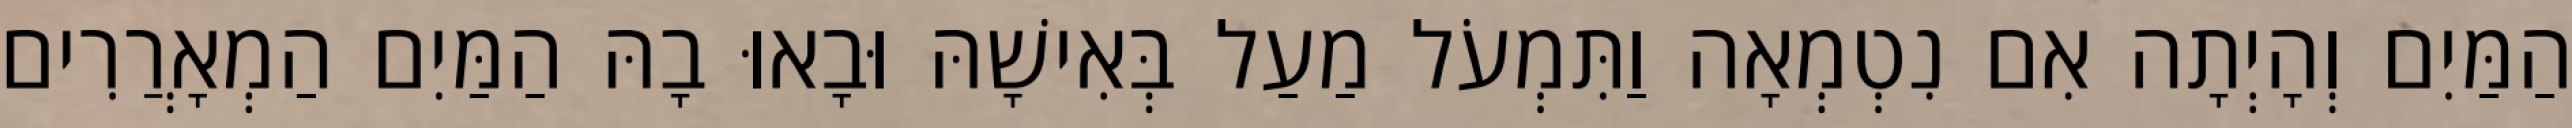
הַמַּיִם וְהָיְתָה אִם נִטְמְאָה וַתִּמְעֹל מַעַל בְּאִישָׁהּ וּבָאוּ בָהּ הַמַּיִם הַמְאָרֲרִים